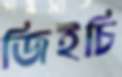
জিইচি